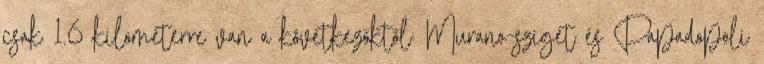
csak 1.6 kilométerre van a következőktől: Murano-sziget és Papadopoli